Report on sanitation, dispensaries, and jails in Rajputana for 1911, and on vaccination for the year 1911-1912 - 1911-1912
Year: 1911
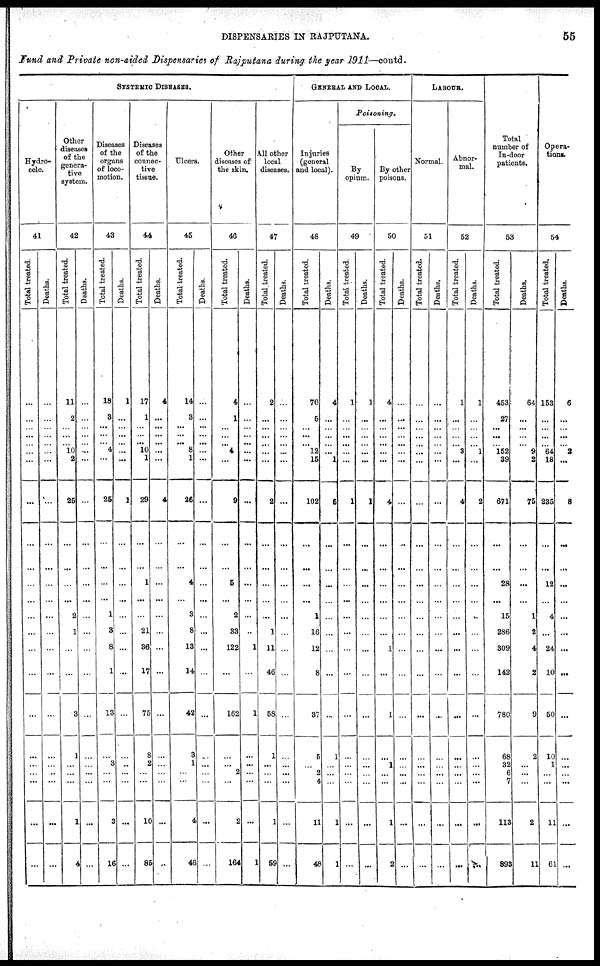
DISPENSARIES IN RAJPUTANA.
65
Fund and Private non-aided Dispensaries of Rajputana during the year 1911—contd.
SYSTEMIC DISEASES.
Hydro-
cele.
41
Total treated.
...
...
...
...
...
...
...
...
...
...
...
...
...
...
...
...
...
...
...
...
...
...
...
Deaths.
...
...
...
...
...
...
...
...
...
...
...
...
...
...
...
...
...
...
...
...
...
...
...
Other
diseases
of the
genera-
tive
system.
42
Total treated.
11
2
...
...
...
10
2
26
...
...
...
...
2
1
...
...
3
1
...
...
...
1
4
Deaths.
...
...
...
...
...
...
...
...
...
...
...
...
...
...
...
...
...
...
...
...
...
...
...
Diseases
of the
organs
of loco-
motion.
43
Total treated.
18
8
...
...
...
4
...
26
...
...
...
...
1
3
8
1
13
...
3
...
...
3
16
Deaths.
1
...
...
...
...
...
...
1
...
...
...
...
...
...
...
...
...
...
...
...
...
...
...
Diseases
of the
connec-
tive
tissue.
44
Total treated.
17
1
...
...
...
... 1
29
...
...
1
...
...
21
36
17
75
8
2
...
...
10
86
Deaths.
4
...
...
...
...
...
...
4
...
...
...
...
...
...
...
...
...
...
...
...
...
...
...
Ulcers.
45
Total treated.
14
3
...
...
...
8 1
26
...
...
4
...
3
8
13
14
42
3
1
...
...
4
46
Deaths.
...
...
...
...
...
...
...
...
...
...
...
...
...
...
...
...
...
...
...
...
...
...
...
Other
diseases of
the skin.
46
Total treated.
4
1
...
...
...
4
...
9
...
...
6
...
2
33
122
...
162
...
...
2
...
2
164
Deaths.
...
...
...
...
...
...
...
...
...
...
...
...
...
...
1
...
1
...
...
...
...
...
1
All other
local
diseases.
47
Total treated.
2
...
...
...
...
...
...
2
...
...
...
...
...
1
11
46
58
1
...
...
...
1
59
Deaths.
...
...
...
...
...
...
...
...
...
...
...
...
...
...
...
...
...
...
...
...
...
...
...
GENERAL AND LOCAL.
Injuries
(general
and local).
48
Total treated.
70
5
...
...
...
12
15
102
...
...
...
...
1
16
12
8
37
5
...
2
4
11
48
Deaths.
4
...
...
...
...
...
1
5
...
...
...
...
...
...
...
...
...
1
...
...
...
1
1
Poisoning.
By
opium.
49
Total treated.
1
...
...
...
...
...
...
1
...
...
...
...
...
...
...
...
...
...
...
...
...
...
...
Deaths.
1
...
...
...
...
...
...
1
...
...
...
...
...
...
...
...
...
...
...
...
...
...
...
By other
poisons.
50
Total treated.
4
...
...
...
...
...
...
4
...
...
...
...
...
...
1
...
1
...
1
...
...
1
2
Deaths.
...
...
...
...
...
...
...
...
...
...
...
...
...
...
...
...
...
...
...
...
...
...
...
LABOUR.
Normal.
51
Total treated.
...
...
...
...
...
...
...
...
...
...
...
...
...
...
...
...
...
...
...
...
...
...
...
Deaths.
...
...
...
...
...
...
...
...
...
...
...
...
...
...
...
...
...
...
...
...
...
...
...
Abnor-
mal.
52
Total treated.
1
...
...
...
...
3
...
4
...
...
...
...
...
...
...
...
...
...
...
...
...
...
...
Deaths.
1
...
...
...
...
1
...
2
...
...
...
...
...
...
...
...
...
...
...
...
...
...
...
Total
number of
In-door
patients.
53
Total treated.
453
27
...
...
...
152
39
671
...
...
28
...
15
286
309
142
780
68
32
6
7
113
893
Deaths.
64
...
...
...
...
9
2
75
...
...
...
...
1
2
4
2
9
2
...
...
...
2
11
Opera-
tions.
54
Total treated.
153
...
...
...
...
64
18
235
...
...
12
...
4
...
24
10
50
10
1
...
...
11
61
Deaths.
6
...
...
...
...
2
...
8
...
...
...
...
...
...
...
...
...
...
...
...
...
...
...